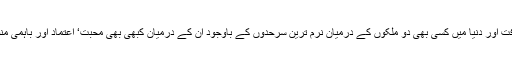
ایک دین‘ ایک تاریخ‘ ایک ہی تہذیب وثقافت اور دنیا میں کسی بھی دو ملکوں کے درمیان نرم ترین سرحدوں کے باوجود ان کے درمیان کبھی بھی محبت‘ اعتماد اور باہمی منفعت پر مشتمل تعلقات استوار نہ ہوسکے۔